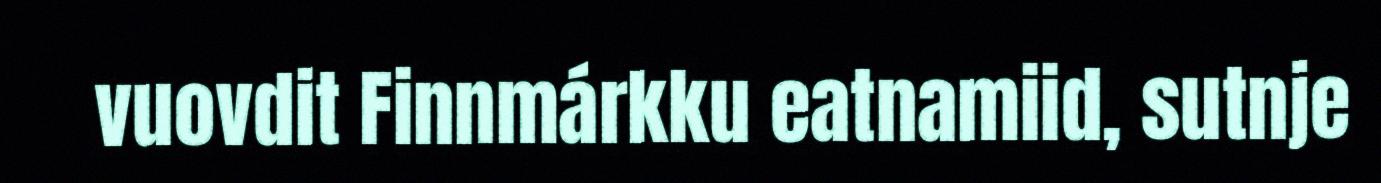
vuovdit Finnmárkku eatnamiid, sutnje